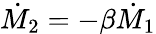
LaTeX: \dot{M}_{\mathrm{2}}=-\beta\dot{M}_{\mathrm{1}}